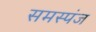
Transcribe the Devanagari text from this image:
समस्पंज